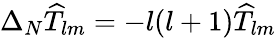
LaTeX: \Delta_{N}\widehat{T}_{lm}=-l(l+1)\widehat{T}_{lm}